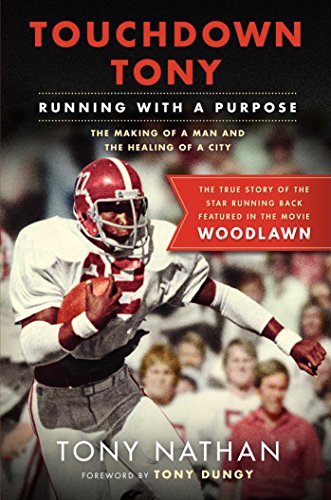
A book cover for Touchdown Tony: Running with a Purpose; Tony Nathan; Biographies & Memoirs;